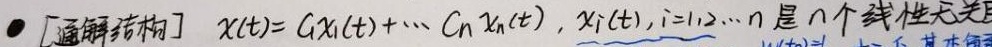
[通解结构] $x(t)=C_1x_1(t)+\cdots +C_n x_n(t),\ x_i(t), i = 1,2,\cdots,n$ 是 $n$ 个线性无关